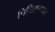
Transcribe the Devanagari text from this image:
पिचिरान्दयार